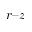
r – z